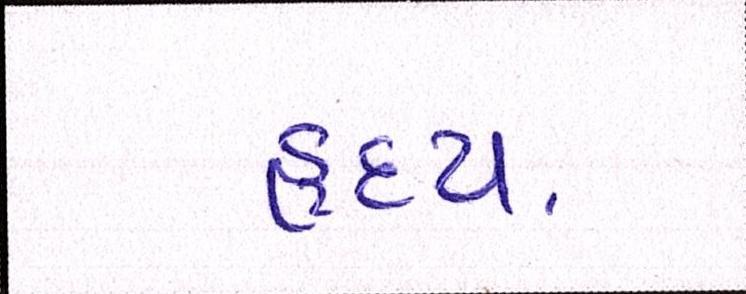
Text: હૃદય